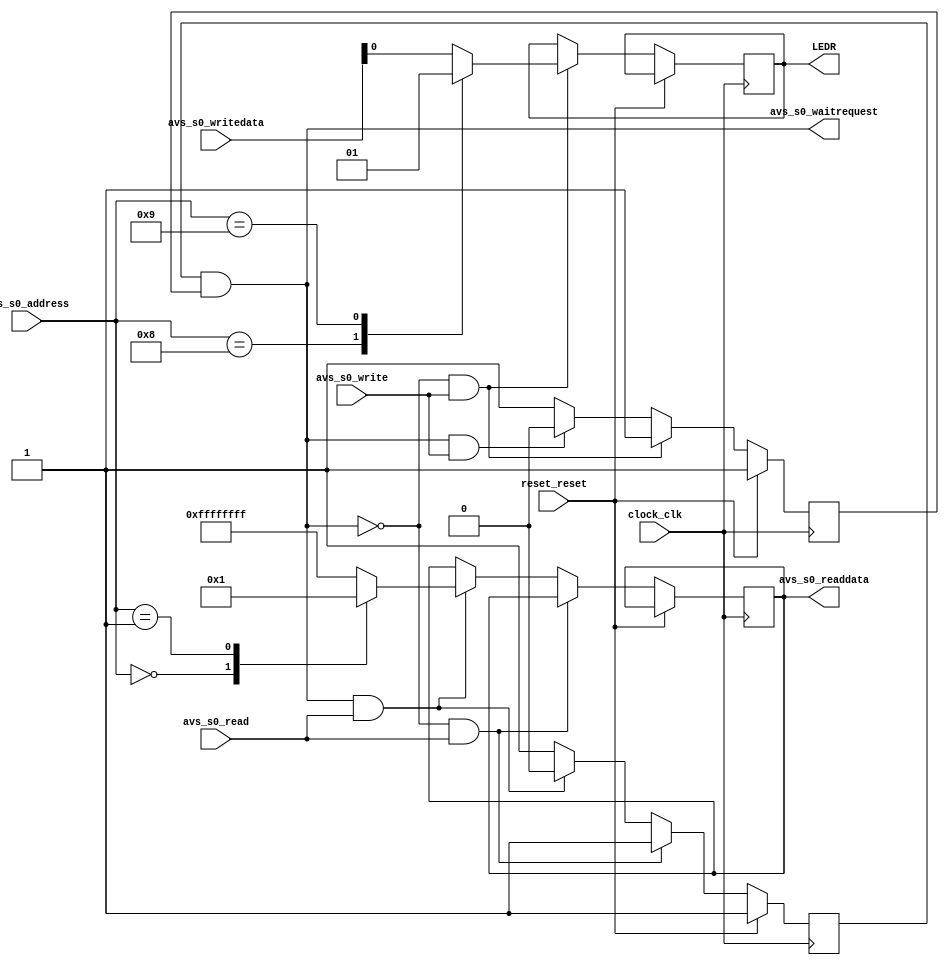
module chris_slave_2 (
		input  wire [3:0]  avs_s0_address,     
		input  wire        avs_s0_read,        
		output wire [31:0] avs_s0_readdata,    
		input  wire        avs_s0_write,       
		input  wire [31:0] avs_s0_writedata,   
		output wire        avs_s0_waitrequest, 
		input  wire        clock_clk,          
		input  wire        reset_reset,        
		output wire        LEDR                
	);
	reg [31:0] reg_out;
	assign avs_s0_readdata = reg_out;
   reg			Reg_Status_Read;
   reg			Reg_Status_Write;
   reg [31:0] 		data_in;
	reg 				led_out;
	reg [31:0] reg_kernel[8:0];
   assign avs_s0_waitrequest = Reg_Status_Read&Reg_Status_Write;
	assign LEDR = led_out;
	always @(posedge clock_clk)
	  if (reset_reset) begin
			data_in <= 32'b0;
			Reg_Status_Write <= 1'b1;	
	  end else if (!avs_s0_waitrequest && avs_s0_write) begin
			case (avs_s0_address[3:0])
				4'b1000: begin 
						led_out <= 1'b0;
						data_in <= avs_s0_writedata;
						end
				4'b1001: begin 
						led_out <= 1'b1;
						data_in <= avs_s0_writedata;
						end
				default:begin
					led_out <= avs_s0_writedata[0];
					end
				endcase
				Reg_Status_Write <= 1'b1;
	  end else if (avs_s0_waitrequest && avs_s0_write)begin
			Reg_Status_Write <= 1'b0;
	  end else begin
			Reg_Status_Write <= 1'b1;	
	  end
   always @(posedge clock_clk)
	if (reset_reset) begin
		Reg_Status_Read <= 1'b1;	
	end else if (!avs_s0_waitrequest && avs_s0_read) begin
		Reg_Status_Read <= 1'b1;
	end else if(avs_s0_waitrequest && avs_s0_read) begin
		case (avs_s0_address[3:0])
			4'b0000:reg_out <= 32'h00000000;
			4'b0001:reg_out <= 32'h00000001;
			default:reg_out <= 32'hffffffff;
		endcase
		Reg_Status_Read <= 1'b0;	
	end else begin
		Reg_Status_Read <= 1'b1;	
	end
endmodule